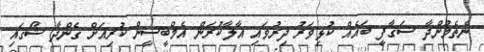
ނެތެމުންދާ ސަގާފީ ބައެއް ކުޅިވަރު ދިރުވައި އާލާކުރަން އެމްބީސީން ކުރިއަށް ގެންދާ ޝޯގައި